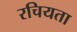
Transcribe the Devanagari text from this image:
रचियता